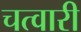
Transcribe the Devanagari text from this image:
चत्वारी